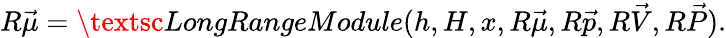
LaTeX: R\vec{\mu}=\textsc{LongRangeModule}(h,H,x,R\vec{\mu},R\vec{p},R\vec{V},R\vec{P}).